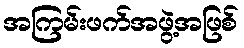
အကြမ်းဖက်အဖွဲ့အဖြစ်